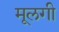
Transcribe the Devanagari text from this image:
मूलगी